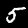
Label: 5